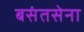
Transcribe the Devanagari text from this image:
बसंतसेना